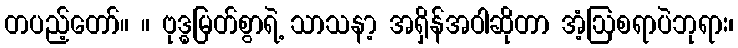
တပည့်တော်။ ။ ဗုဒ္ဓမြတ်စွာရဲ့ သာသနာ့ အရှိန်အဝါဆိုတာ အံ့ဩစရာပဲဘုရား၊